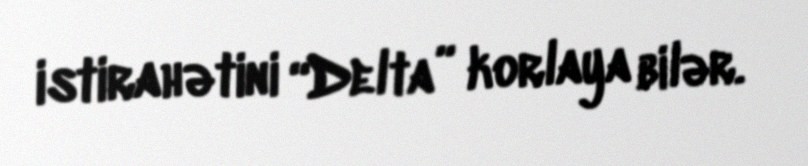
istirahətini “Delta” korlaya bilər.